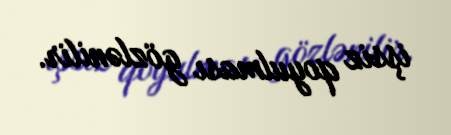
işsiz qoyulması gözlənilir.